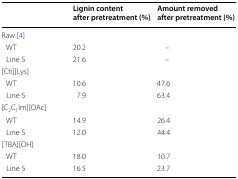
|  | Lignin content after pretreatment (%) | Amount removed after pretreatment (%) |
 | --- | --- | --- |
 | <COLSPAN=3> Raw [4] |
 | WT | 20.2 | – |
 | Line 5 | 21.6 | – |
 | <COLSPAN=3> [Ch][Lys] |
 | WT | 10.6 | 47.6 |
 | Line 5 | 7.9 | 63.4 |
 | <COLSPAN=3> [C2C1Im][OAc] |
 | WT | 14.9 | 26.4 |
 | Line 5 | 12.0 | 44.4 |
 | <COLSPAN=3> [TBA][OH] |
 | WT | 18.0 | 10.7 |
 | Line 5 | 16.5 | 23.7 |